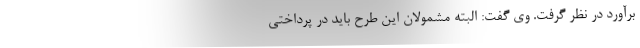
برآورد در نظر گرفت. وی گفت: البته مشمولان این طرح باید در پرداختی